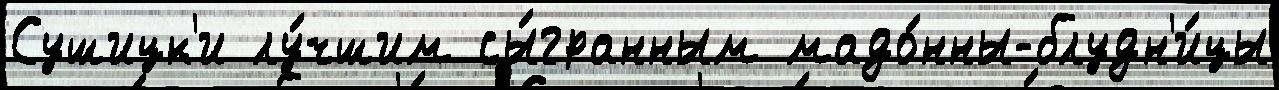
Сушицк'и лу́чшим сы́гранным мадо́нны-блудн'и́цы